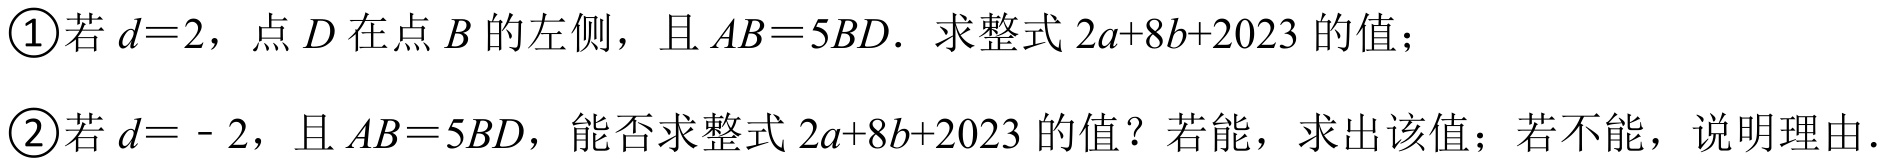
\textcircled{1}若\(d = 2\)，点\(D\)在点\(B\)的左侧，且\(AB = 5BD\). 求整式\(2a + 8b+2023\)的值；
\textcircled{2}若\(d = - 2\)，且\(AB = 5BD\)，能否求整式\(2a + 8b + 2023\)的值？若能，求出该值；若不能，说明理由.